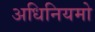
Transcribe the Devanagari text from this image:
अधिनियमो